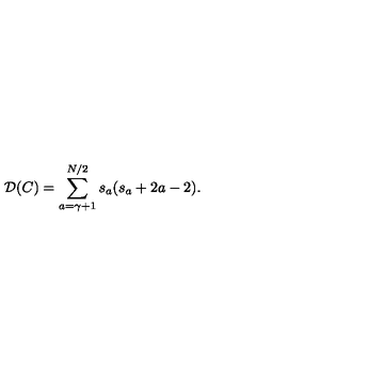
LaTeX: { \mathcal D } ( C ) = \sum _ { a = \gamma + 1 } ^ { N / 2 } s _ { a } ( s _ { a } + 2 a - 2 ) .